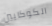
الكوكايين